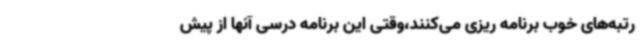
رتبه‌های خوب برنامه ریزی می‌کنند،وقتی این برنامه درسی آنها از پیش